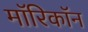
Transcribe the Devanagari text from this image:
माॅरिकाॅन